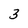
Character: 3